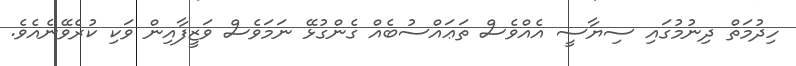
ހިދުމަތް ދިނުމުގައި ސިޔާސީ އެއްވެސް ތަޢައްސުބެއް ގެންގުޅޭ ނަމަވެސް ވަޒީފާއިން ވަކި ކުރެވޭނެއެވެ.